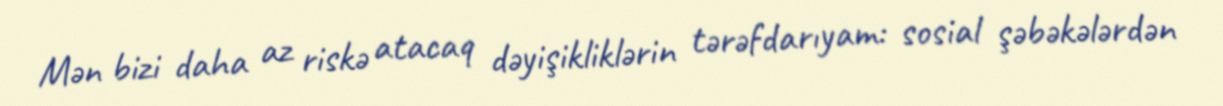
Mən bizi daha az riskə atacaq dəyişikliklərin tərəfdarıyam: sosial şəbəkələrdən